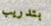
بتدريب